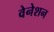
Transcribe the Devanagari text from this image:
वेनेशन